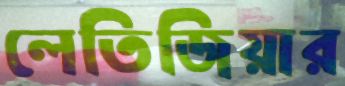
লেতিজিয়ার